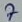
Text: 7